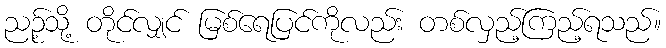
ညဉ့်သို့ တိုင်လျှင် မြစ်ရေပြင်ကိုလည်း တစ်လှည့်ကြည့်ရသည်။